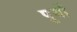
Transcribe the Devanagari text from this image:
पूयों